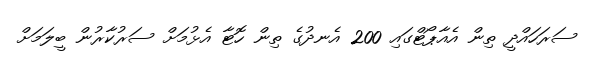
ސަރަހައްދީ ތިން އެއާޕޯޓްގައި 200 އެނދުގެ ތިން ހޮޓާ އެޅުމަށް ސަރުކާރުން ބީލަމަށް